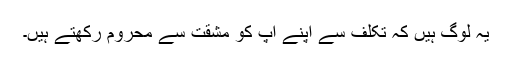
یہ لوگ ہیں کہ تکلّف سے اپنے آپ کو مشقت سے محروم رکھتے ہیں۔